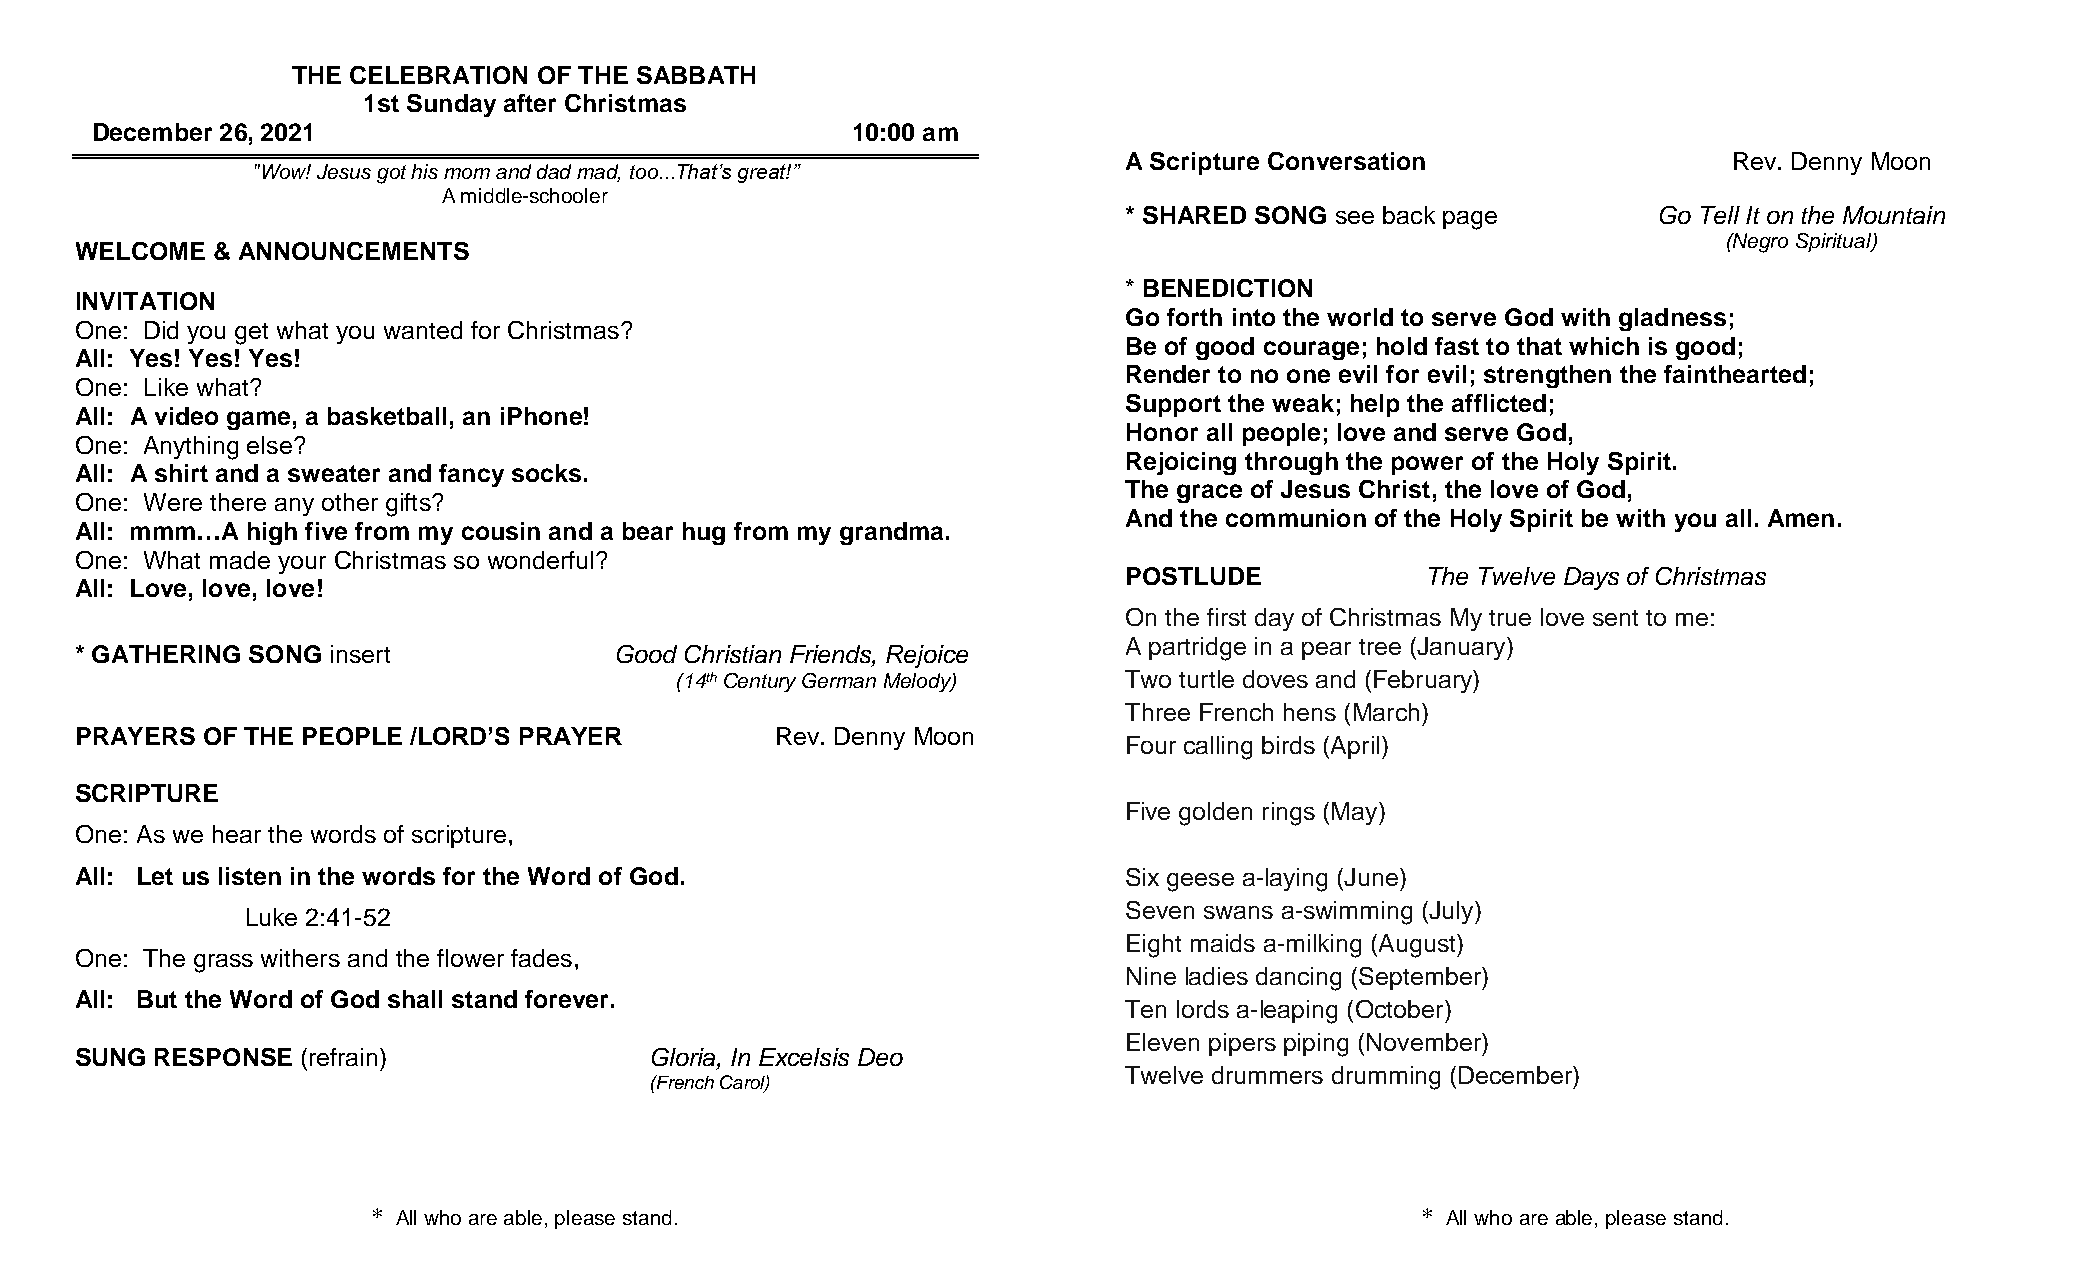
THE CELEBRATION  OF THE SABBATH
 1st Sunday after Christmas
 December 26, 2021                                 10:00 am
 A Scripture Conversation                 Rev. Denny Moon
 "Wow! Jesus got his mom and dad mad, too...That’s great!”
 A middle-schooler
 * SHARED SONG see back page         Go Tell It on the Mountain
 (Negro Spiritual)
 WELCOME  & ANNOUNCEMENTS
 * BENEDICTION
 INVITATION
 Go forth into the world to serve God with gladness;
 One: Did you get what you wanted for Christmas?
 Be of good courage; hold fast to that which is good;
 All: Yes! Yes! Yes!
 Render to no one evil for evil; strengthen the fainthearted;
 One: Like what?
 Support the weak; help the afflicted;
 All: A video game, a basketball, an iPhone!
 Honor all people; love and serve God,
 One: Anything else?
 Rejoicing through the power of the Holy Spirit.
 All: A shirt and a sweater and fancy socks.
 The grace of Jesus Christ, the love of God,
 One: Were there any other gifts?
 And the communion of the Holy Spirit be with you all. Amen.
 All: mmm…A high five from my cousin and a bear hug from my grandma.
 One: What made your Christmas so wonderful?
 POSTLUDE            The Twelve Days of Christmas
 All: Love, love, love!
 On the first day of Christmas My true love sent to me:
 A partridge in a pear tree (January)
 * GATHERING SONG insert             Good Christian Friends, Rejoice
 (14th Century German Melody) Two turtle doves and (February)
 Three French hens (March)
 PRAYERS OF THE PEOPLE /LORD’S PRAYER          Rev. Denny Moon
 Four calling birds (April)
 SCRIPTURE
 Five golden rings (May)
 One: As we hear the words of scripture,
 All: Let us listen in the words for the Word of God.                 Six geese a-laying (June)
 Seven swans a-swimming (July)
 Luke 2:41-52
 Eight maids a-milking (August)
 One: The grass withers and the flower fades,
 Nine ladies dancing (September)
 All: But the Word of God shall stand forever.
 Ten lords a-leaping (October)
 Eleven pipers piping (November)
 SUNG RESPONSE  (refrain)              Gloria, In Excelsis Deo
 (French Carol)
 Twelve drummers drumming (December)
 * All who are able, please stand.                                    * All who are able, please stand.